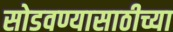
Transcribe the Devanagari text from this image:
सोडवण्यासाठीच्या